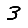
Digit: 3